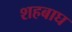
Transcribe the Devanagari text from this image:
शहबाघ